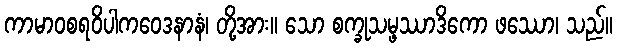
ကာမာဝစရဝိပါကဝေဒနာနံ၊ တို့အား။ သော စက္ခုသမ္ဖဿာဒိကော ဖဿော၊ သည်။